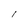
Character: l